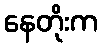
နေတိုးက